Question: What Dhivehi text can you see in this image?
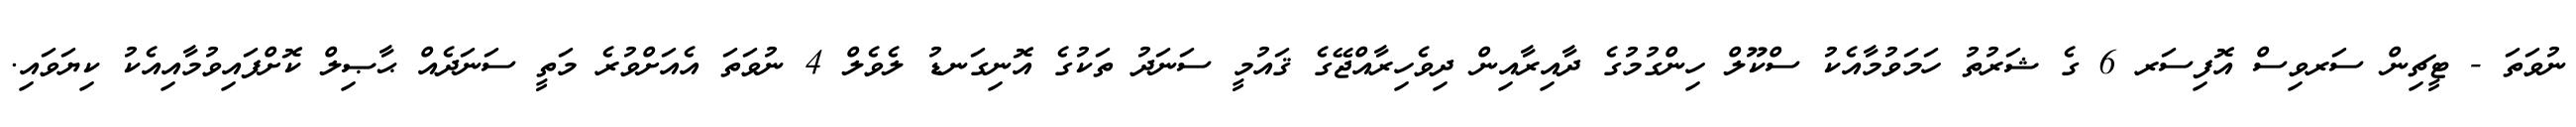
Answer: ނުވަތަ - ޓީޗިން ސަރވިސް އޮފިސަރ 6 ގެ ޝަރުތު ހަމަވުމާއެކު ސްކޫލް ހިންގުމުގެ ދާއިރާއިން ދިވެހިރާއްޖޭގެ ޤައުމީ ސަނަދު ތަކުގެ އޮނިގަނޑު ލެވެލް 4 ނުވަތަ އެއަށްވުރެ މަތީ ސަނަދެއް ޙާޞިލް ކޮށްފައިވުމާއިއެކު ކިޔަވައި.